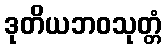
ဒုတိယဘဝသုတ္တံ